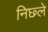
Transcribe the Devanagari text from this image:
निछ्ले